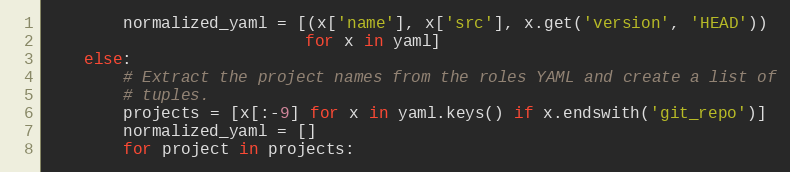
Language: Python
        normalized_yaml = [(x['name'], x['src'], x.get('version', 'HEAD'))
                           for x in yaml]
    else:
        # Extract the project names from the roles YAML and create a list of
        # tuples.
        projects = [x[:-9] for x in yaml.keys() if x.endswith('git_repo')]
        normalized_yaml = []
        for project in projects: